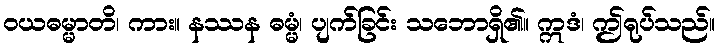
ဝယဓမ္မာတိ၊ ကား။ နဿန ဓမ္မံ၊ ပျက်ခြင်း သဘောရှိ၏။ ဣဒံ၊ ဤရုပ်သည်။